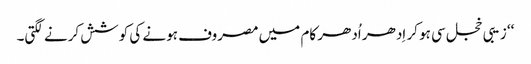
‘‘ زیبی خجل سی ہو کر اِدھر اُدھر کام میں مصروف ہونے کی کوشش کرنے لگتی۔